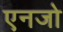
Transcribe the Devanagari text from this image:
एनजो